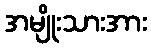
အမျိုးသားအား